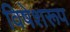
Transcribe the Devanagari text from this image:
विषेशरूप